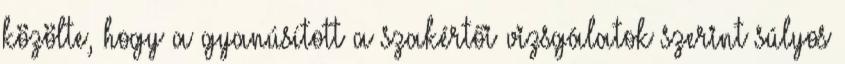
közölte, hogy a gyanúsított a szakértői vizsgálatok szerint súlyos